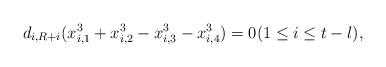
LaTeX: \begin{align*} d_{i,R+i}(x_{i,1}^3+x_{i,2}^3-x_{i,3}^3-x_{i,4}^3) &= 0 (1 \le i \le t-l), \end{align*}